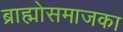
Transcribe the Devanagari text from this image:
ब्राह्मोसमाजका